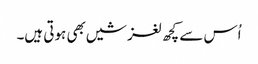
اُس سے کچھ لغزشیں بھی ہوتی ہیں۔